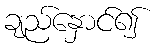
ချည်နှောင်၍